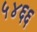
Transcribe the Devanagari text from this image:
५४६६